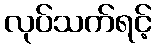
လုပ်သက်ရင့်